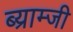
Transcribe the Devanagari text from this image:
ब्य्राम्जी